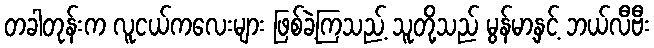
တခါတုန်းက လူငယ်ကလေးများ ဖြစ်ခဲ့ကြသည့် သူတို့သည် မွန်မာ့နှင့် ဘယ်လီဗီး